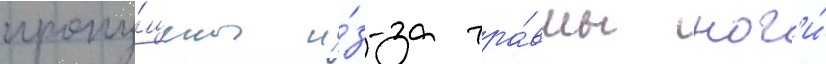
пропу́щены и́з-за тра́вмы ног'и́